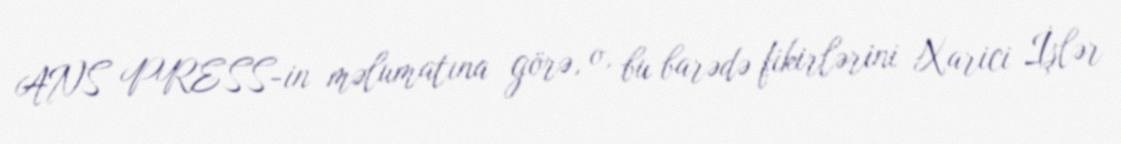
ANS PRESS-in məlumatına görə, o, bu barədə fikirlərini Xarici İşlər